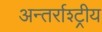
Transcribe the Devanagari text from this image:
अन्तर्राश्ट्रीय